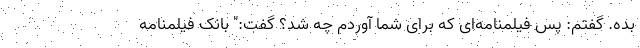
بده. گفتم: پس فیلمنامه‌ای که برای شما آوردم چه شد؟ گفت:" بانک فیلمنامه